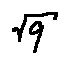
\sqrt { q }